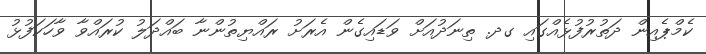
ކެމްޕެއިން ދަތުރުފުޅެއްގައި ގދ. ތިނަދުއަށް ވަޑައިގެން އެރަށު ރައްޔިތުންނާ ބައްދަލު ކުރައްވާ ވާހަކަފުޅު